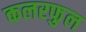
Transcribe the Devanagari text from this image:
कलरफुल